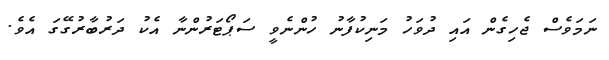
ނަމަވެސް ޖެހިގެން އައި ދުވަހު މަނިކުފާނު ހުންނެވީ ސަޕޯޓަރުންނާ އެކު ދަރުބާރުގޭގަ އެވެ.